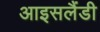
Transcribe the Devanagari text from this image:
आइसलैंडी